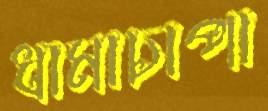
ধামাচাপা